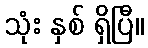
သုံး နှစ် ရှိပြီ။